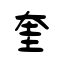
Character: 奎